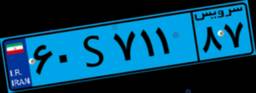
۶۵S۸۴۷۰۳